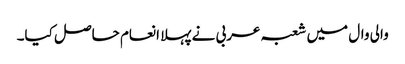
والی وال میں شعبہ عربی نے پہلا انعام حاصل کیا۔